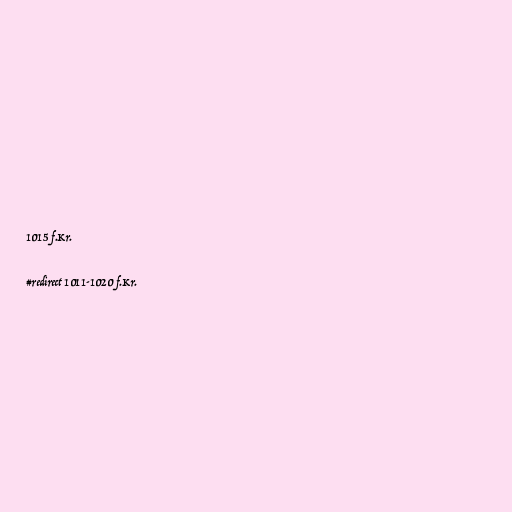
1015 f.Kr.

#redirect 1011-1020 f.Kr.